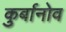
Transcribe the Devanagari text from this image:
कुर्बानोव